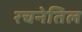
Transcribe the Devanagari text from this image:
रचनेतिल